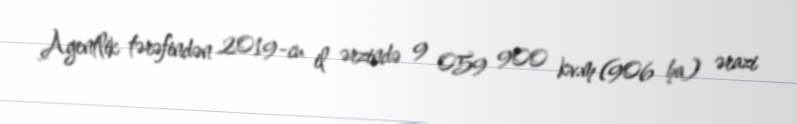
Agentlik tərəfindən 2019-cu il ərzində 9 059 900 kv.m (906 ha) ərazi